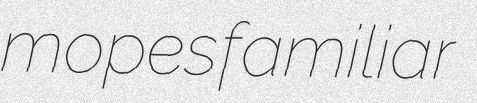
mopes familiar